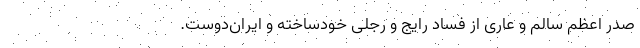
صدر اعظمِ سالم و عاری از فساد رایج و رجلی خود‌ساخته و ایران‌دوست.